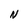
Character: N